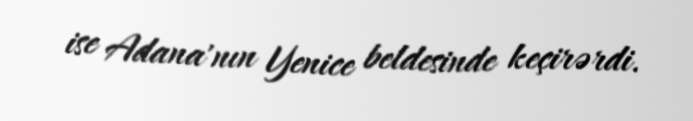
ise Adana'nın Yenice beldesinde keçirərdi.